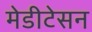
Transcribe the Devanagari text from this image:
मेडीटेसन